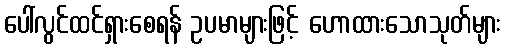
ပေါ်လွင်ထင်ရှားစေရန် ဥပမာများဖြင့် ဟောထားသောသုတ်များ